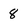
Character: 8